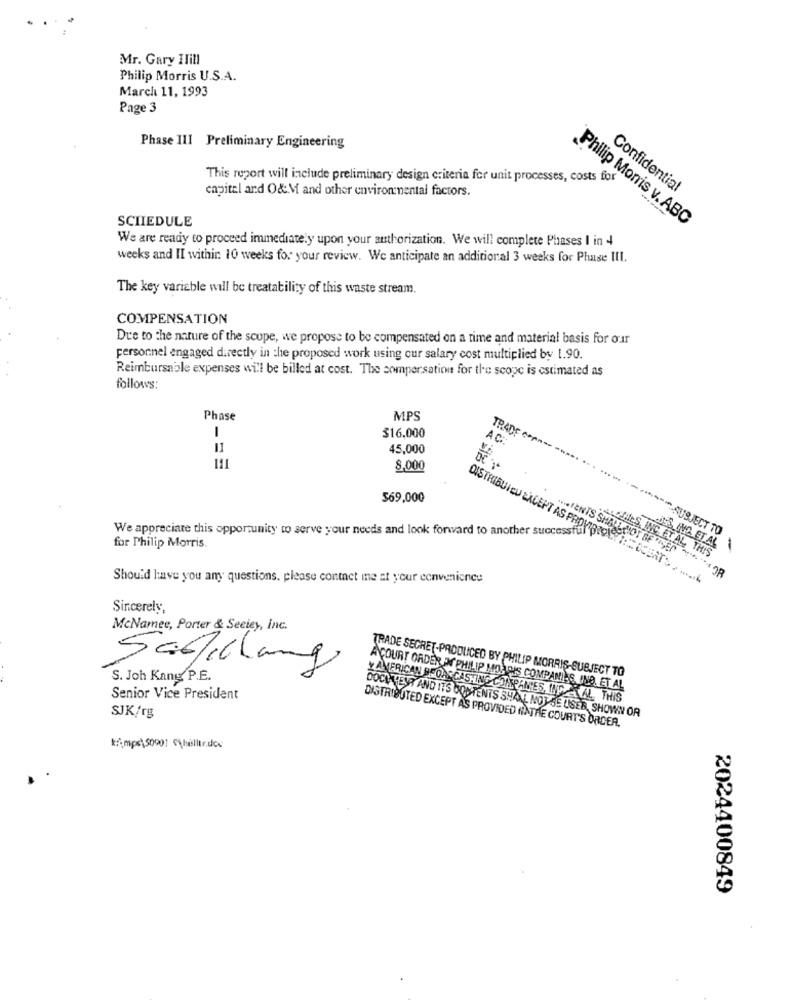
Mr. Gary Ilill
Philip Morris U.S.A.
March 11, 1993
Page 3
Phase III Preliminary Engineering
This report will include preliminary design criteria for unit processes, costs for
capitel and O&M and other environmental factors.
Confidential
SCHEDULE
Philip Morris v. ABC
We are ready to proceed immediately upon your authorization. We will complete Phases I in 4
weeks and II within 10 weeks for your review. We anticipate an additional 3 weeks for Phase III.
The key variable will be treatability of this waste stream.
COMPENSATION
Due to the nature of the scope, we propose to be compensated on a time and material basis for our
personnel engaged directly in the proposed work using our salary cost multiplied by 1.90.
Reimbursable expenses will be billed at cost. The sompersation for the scope is estimated as
follows:
Phase
MPS
$16,000
AC:
11
45,000
111
8,000
TRADE ····-- ----....
$69,000
We appreciate this opportunity to serve your needs and look forward to another successful pit
SUBJECT TO
for Philip Morris
DISTRIBUIEU EXCEPT AS PROVISTOLA:" !!
PALETAILS, INC. FTAL, THIS
USING ET AL
.... IENTS SHALL NOT BE USED ** *** OR
Should have you any questions, please contact me at your convenience
Sincerely,
McNamee, Porter & Seciey, inc.
Sadilung
S. Joh Kang P.E.
TRADE SECRET-PRODUCED BY PHILIP MORRIS-SUBJECT TO
A COURT ORDER * PHILIP MIO. TOIS COMPANI:S, AND. ET AL
Senior Vice President
Y AMERICAN BEDASCASHING COMPANIES, IND AL, THIS
SJK/rg
DOCHALEUR AND ITS CONTENTS SHALL NOT BE USED, SHOWN OR
DISTRIBUTED EXCEPT AS PROVIDED NATHE COURT'S ORDER.
k :: mps\50901 C\helltr.dos
2024400849